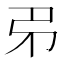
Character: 𢎱